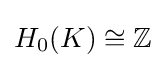
H_{0}(K)\cong \mathbb {Z}